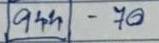
(944) - 70